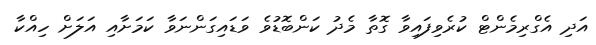
އަދި އެގްރިމެންޓް ކުރެވިފައިވާ ގޮތާ މެދު ކަންބޮޑުވެ ވަޑައިގަންނަވާ ކަމަށާއި އަލަށް ހިއްކާ